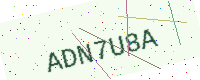
Text: ADN7U8A